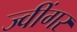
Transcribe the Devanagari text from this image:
ज्वींगर